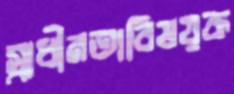
স্বাধীনতাবিষয়ক